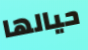
حيالها